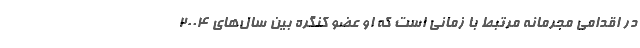
در اقدامی مجرمانه مرتبط با زمانی است که او عضو کنگره بین سال‌های ۲۰۰۴